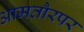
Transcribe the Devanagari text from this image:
आमतौरपर